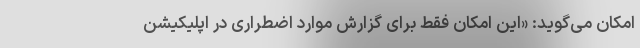
امکان می‌گوید: «این امکان فقط برای گزارش موارد اضطراری در اپلیکیشن